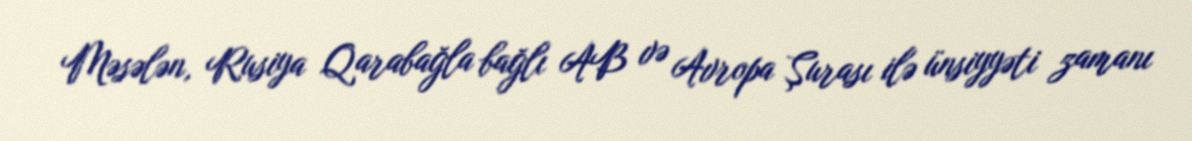
Məsələn, Rusiya Qarabağla bağlı AB və Avropa Şurası ilə ünsiyyəti zamanı